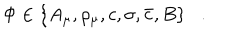
LaTeX: \Phi \in \{ A _ { \mu } , \rho _ { \mu } , c , \sigma , \bar { c } , B \} .